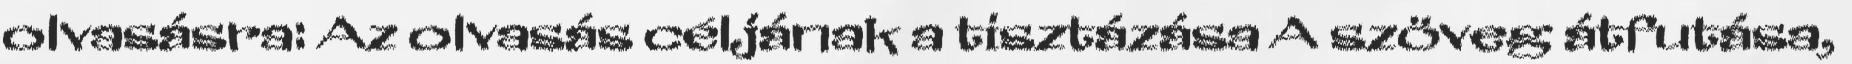
olvasásra: Az olvasás céljának a tisztázása A szöveg átfutása,